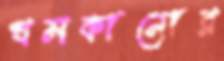
থমকানোর